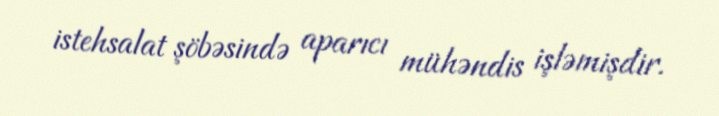
istehsalat şöbəsində aparıcı mühəndis işləmişdir.